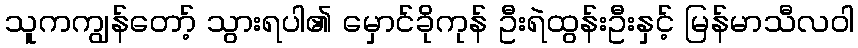
သူကကျွန်တော့် သွားရပါ၏ မှောင်ခိုကုန် ဦးရဲထွန်းဦးနှင့် မြန်မာသီလဝါ